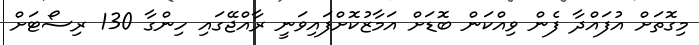
މިގޮތަށް އުފައްދާ ފެން ވިއްކަން ބޮޑަށް އަމާޒުކޮށްފައިވަނީ ރާއްޖޭގައި ހިންގާ 130 ރިސޯޓަށް